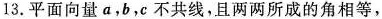
13. 平面向量a，b，e不共线，且两两所成的角相等，